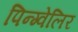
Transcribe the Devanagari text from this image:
पिन्ग्वेलिर